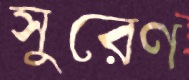
সুরেণ